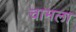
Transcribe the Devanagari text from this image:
चामला